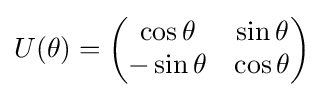
U(\theta )=\left({\begin{matrix}\cos \theta &\sin \theta \\-\sin \theta &\cos \theta \end{matrix}}\right)